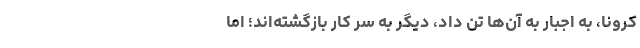
کرونا، به اجبار به آن‌ها تن داد، دیگر به سر کار بازگشته‌اند؛ اما